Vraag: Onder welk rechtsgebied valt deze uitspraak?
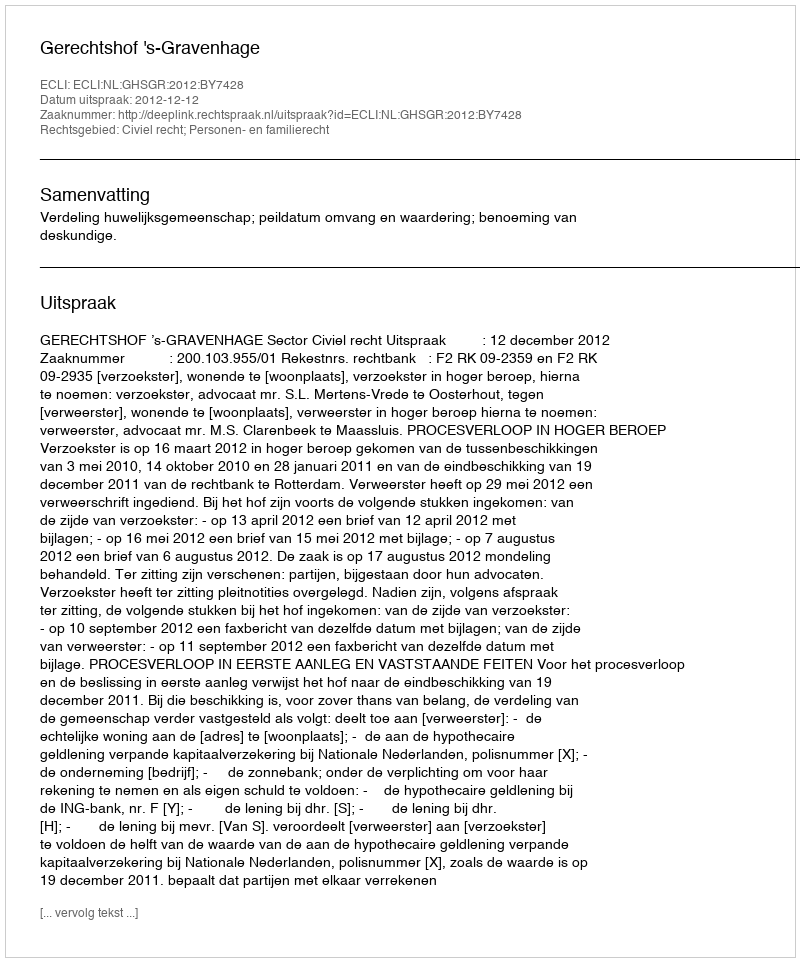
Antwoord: Civiel recht; Personen- en familierecht